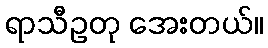
ရာသီဥတု အေးတယ်။